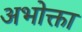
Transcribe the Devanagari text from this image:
अभोक्ता